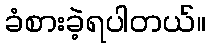
ခံစားခဲ့ရပါတယ်။